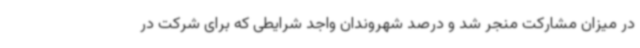
در میزان مشارکت منجر شد و درصد شهروندان واجد شرایطی که برای شرکت در